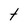
Character: t